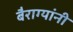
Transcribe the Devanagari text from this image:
बैराग्यांनी